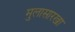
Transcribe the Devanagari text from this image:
मुलासारखा